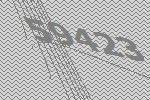
59423